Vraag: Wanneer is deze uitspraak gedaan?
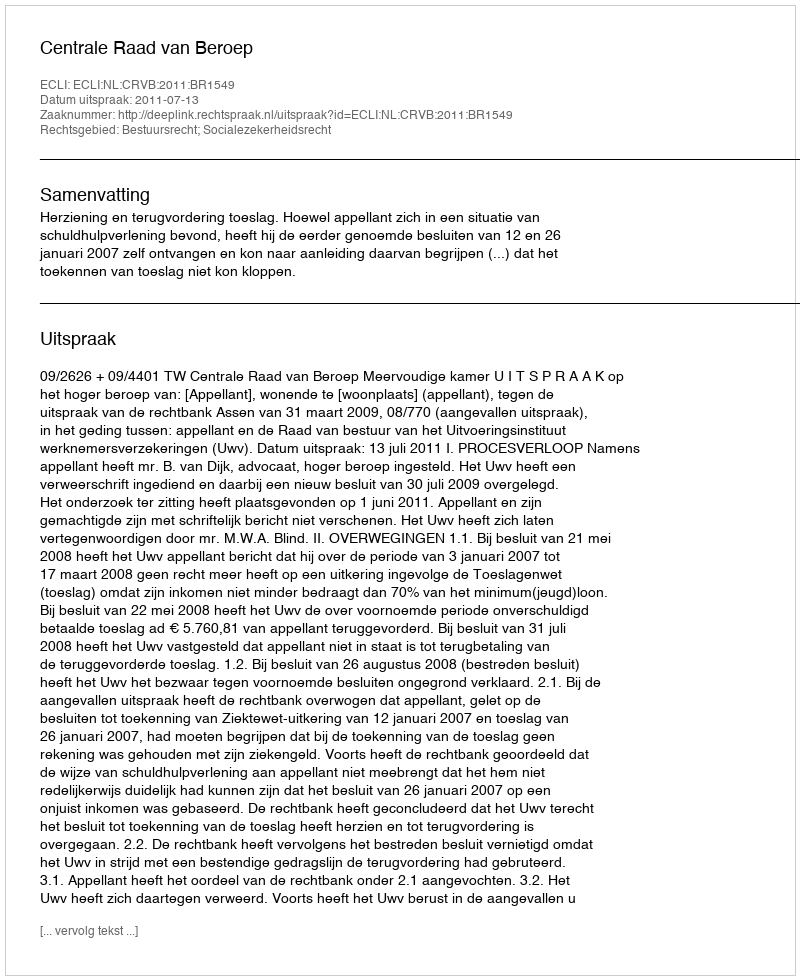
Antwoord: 2011-07-13